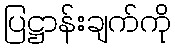
ပြဋ္ဌာန်းချက်ကို